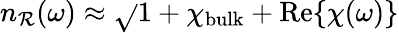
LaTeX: n_{\mathcal{R}}(\omega)\approx\sqrt{}{{1+\chi_{\mathrm{{bulk}}}+\operatorname{Re}\{ \chi(\omega)\} }}